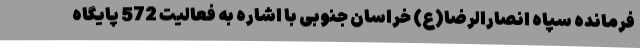
فرمانده سپاه انصارالرضا(ع) خراسان جنوبی با اشاره به فعالیت 572 پایگاه